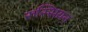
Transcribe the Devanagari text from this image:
रुस्सियन